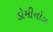
ડોમીનોઝ